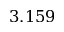
3 . 1 5 9